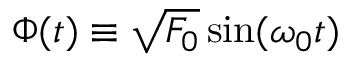
\Phi ( t ) \equiv \sqrt { F _ { 0 } } \sin ( \omega _ { 0 } t )